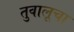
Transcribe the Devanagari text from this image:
तुवालूचा